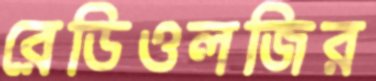
রেডিওলজির